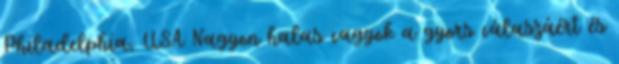
Philadelphia, USA Nagyon halas vagyok a gyors válaszáért és